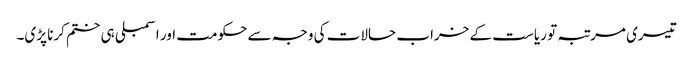
تیسری مرتبہ تو ریاست کے خراب حالات کی وجہ سے حکومت اور اسمبلی ہی ختم کرنا پڑی۔